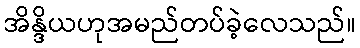
အိန္ဒိယဟုအမည်တပ်ခဲ့လေသည်။